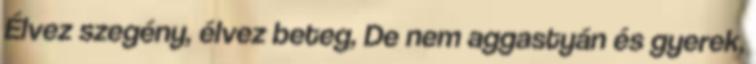
Élvez szegény, élvez beteg, De nem aggastyán és gyerek,